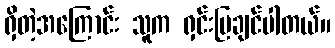
ရှိတဲ့အကြောင်း သူက ရှင်းပြချင်ပါတယ်။